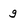
Character: g